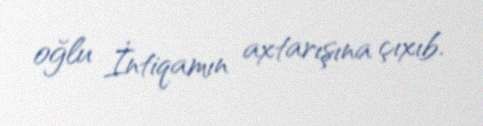
oğlu İntiqamın axtarışına çıxıb.